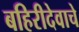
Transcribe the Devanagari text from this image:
बहिरीदेवाचे